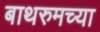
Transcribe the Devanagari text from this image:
बाथरुमच्‍या